Language: tamil
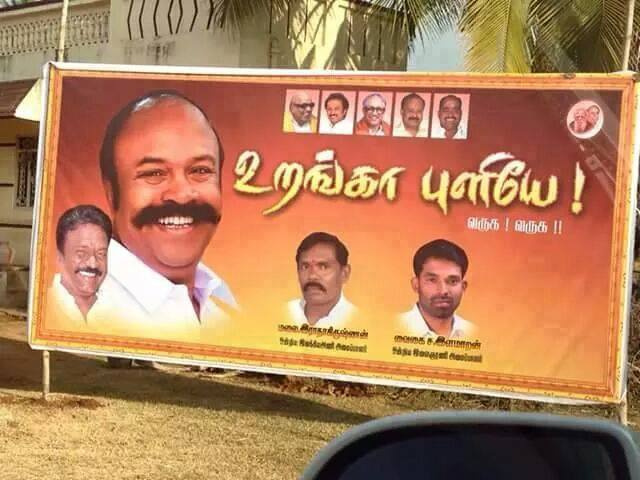
Transcription: வருக புளியே உறங்கா வருக